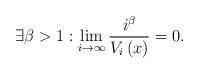
LaTeX: \begin{align*}\exists\beta>1:\lim_{i\rightarrow\infty}\dfrac{i^{\beta}}{V_{i}\left(x\right)}=0.\end{align*}